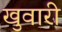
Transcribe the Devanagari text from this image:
खुवारी